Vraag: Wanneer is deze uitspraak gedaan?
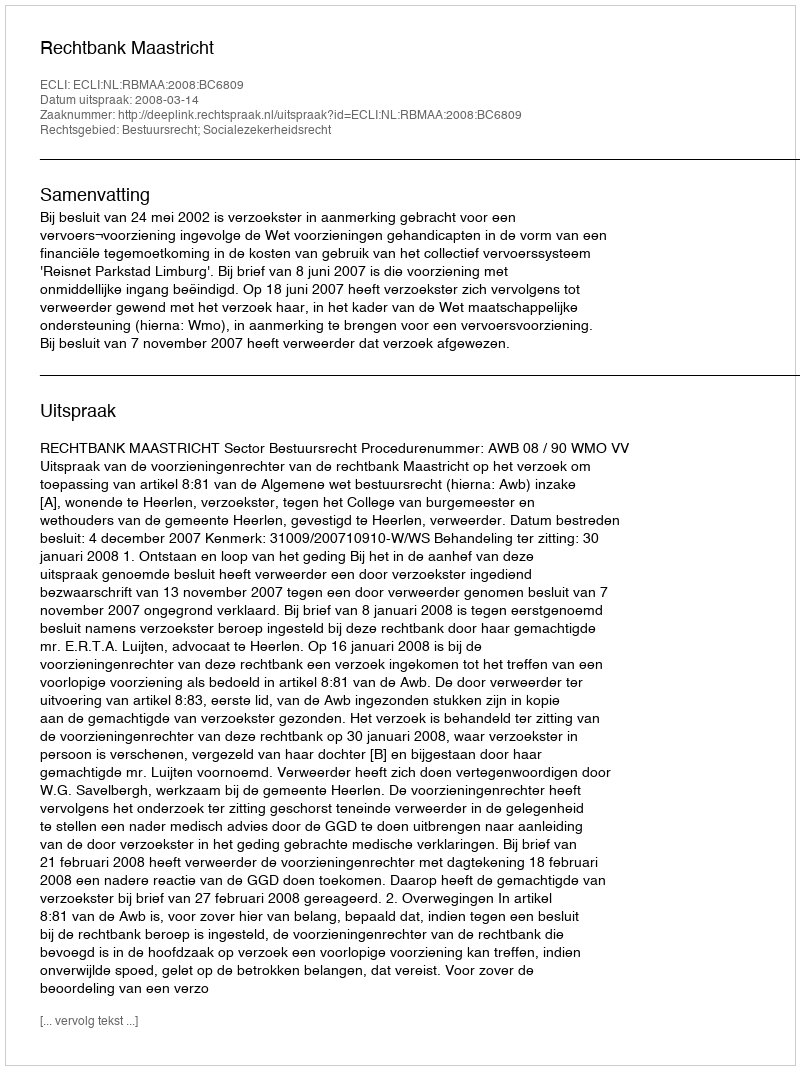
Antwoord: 2008-03-14